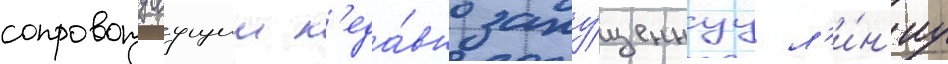
сопровождаущии н'еда́вно запу́щеннуу л'и́н'иу